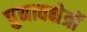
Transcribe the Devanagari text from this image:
चुनावक्षेत्रों